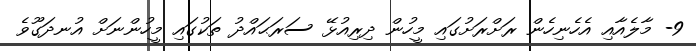
9- މާލެއާއި އެހެނިހެން ރަށްރަށުގައި މީހުން ދިރިއުޅޭ ސަރަޙައްދު ތަކުގައި މީހުންނަށް އުނދަގޫވެ